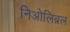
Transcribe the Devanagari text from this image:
निओलिब्रल